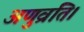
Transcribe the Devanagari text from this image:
अणुव्रति।